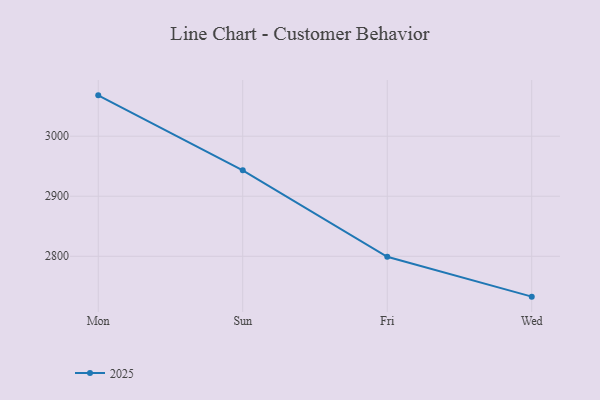
{"axis": {"x": "Day", "y": "Population (Million)"}, "legend": ["2025"], "data": [{"x": "Mon", "y": 3068.0, "type": "2025"}, {"x": "Sun", "y": 2943.1, "type": "2025"}, {"x": "Fri", "y": 2799.1, "type": "2025"}, {"x": "Wed", "y": 2732.8, "type": "2025"}]}